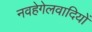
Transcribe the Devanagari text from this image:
नवहेगेलवादियों